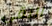
النقى